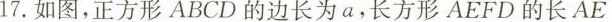
17.如图，正方形ABCD的边长为a，长方形AEFD的长AE